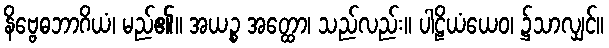
နိဗ္ဗေဓဘာဂိယံ၊ မည်၏။ အယဉ္စ အတ္ထော၊ သည်လည်း။ ပါဠိယံယေဝ၊ ၌သာလျှင်။